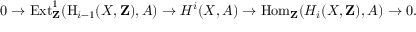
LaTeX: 0 \to \operatorname { E x t } _ { \mathbf { Z } } ^ { 1 } ( \operatorname { H } _ { i - 1 } ( X , \mathbf { Z } ) , A ) \to H ^ { i } ( X , A ) \to \operatorname { H o m } _ { \mathbf { Z } } ( H _ { i } ( X , \mathbf { Z } ) , A ) \to 0 .